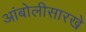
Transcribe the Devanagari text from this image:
आंबोलीसारखे